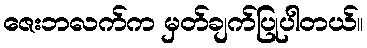
ဇေးဘလက်က မှတ်ချက်ပြုပါတယ်။